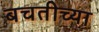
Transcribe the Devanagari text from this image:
बचतीच्या